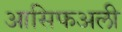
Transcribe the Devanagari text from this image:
आसिफअली